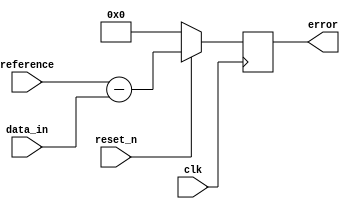
/*
Copyright (c) 2014-2022 Luiz Carlos Gili

Permission is hereby granted, free of charge, to any person obtaining a copy
of this software and associated documentation files (the "Software"), to deal
in the Software without restriction, including without limitation the rights
to use, copy, modify, merge, publish, distribute, sublicense, and/or sell
copies of the Software, and to permit persons to whom the Software is
furnished to do so, subject to the following conditions:

The above copyright notice and this permission notice shall be included in
all copies or substantial portions of the Software.

THE SOFTWARE IS PROVIDED "AS IS", WITHOUT WARRANTY OF ANY KIND, EXPRESS OR
IMPLIED, INCLUDING BUT NOT LIMITED TO THE WARRANTIES OF MERCHANTABILITY
FITNESS FOR A PARTICULAR PURPOSE AND NONINFRINGEMENT. IN NO EVENT SHALL THE
AUTHORS OR COPYRIGHT HOLDERS BE LIABLE FOR ANY CLAIM, DAMAGES OR OTHER
LIABILITY, WHETHER IN AN ACTION OF CONTRACT, TORT OR OTHERWISE, ARISING FROM,
OUT OF OR IN CONNECTION WITH THE SOFTWARE OR THE USE OR OTHER DEALINGS IN
THE SOFTWARE.
*/

// Language: Verilog 2001

`timescale 1ns / 1ps

module error_calculator(clk, reset_n, reference, data_in, error);

    parameter DATA_WIDTH = 16; 

    input clk; 
    input reset_n; 
    input [DATA_WIDTH-1:0] reference; 
    input [DATA_WIDTH-1:0] data_in;
    output reg signed [DATA_WIDTH-1:0] error;
    
    
    always @ (posedge clk) 
        begin 
            if (!reset_n)
                error <= 0;  
            else 
                begin 
                error <= reference - data_in; 
                end
        end 
              
endmodule